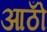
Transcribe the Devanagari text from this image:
आठोँ